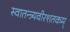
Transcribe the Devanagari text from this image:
स्वातन्त्र्यवीरशतकम्